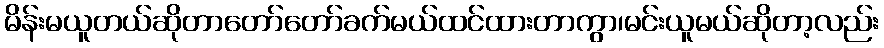
မိန်းမယူတယ်ဆိုတာတော်တော်ခက်မယ်ထင်ထားတာကွာ၊မင်းယူမယ်ဆိုတာ့လည်း